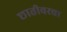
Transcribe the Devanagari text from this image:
छातीवरचा